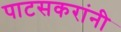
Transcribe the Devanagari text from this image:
पाटसकरांनी